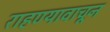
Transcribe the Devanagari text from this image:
राहण्यावाचून